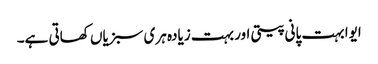
ایوا بہت پانی پیتی اور بہت زیادہ ہری سبزیاں کھاتی ہے۔